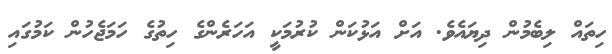
ހިތައް ލިބެމުން ދިޔައެވެ. އަށް އަޅުކަން ކުރުމަކީ އަހަރެންގެ ހިތުގެ ހަމަޖެހުން ކަމުގައި